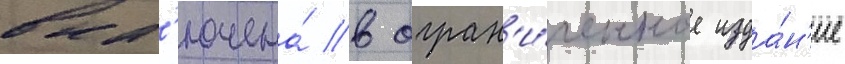
вкл'ючена́ в огран'и́ченное изда́н'ие